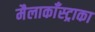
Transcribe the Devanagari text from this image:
मैलाकाँस्ट्राका